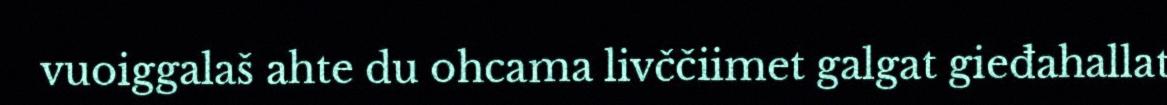
vuoiggalaš ahte du ohcama livččiimet galgat gieđahallat